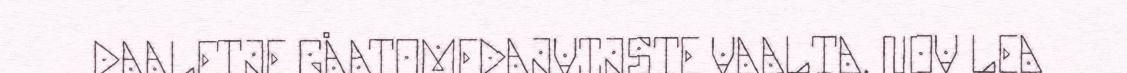
DAALETJE GÅATOMEDAJVIJSTE VAALTA. NOV LEA